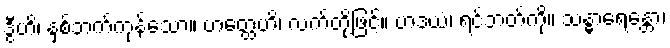
ဒွီဟိ၊ နှစ်ဘက်ကုန်သော။ ဟတ္ထေဟိ၊ လက်တို့ဖြင့်။ ဟဒယံ၊ ရင်ဘတ်ကို။ သန္ဓာရေန္တော၊